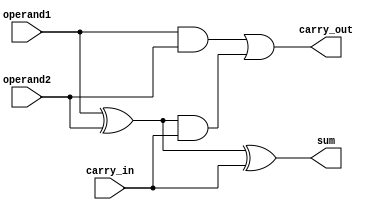
`timescale 1ns / 1ps

module full_adder_1bit(
    operand1,
    operand2,
    carry_in,
    sum,
    carry_out
    );
    
input operand1;
input operand2;
input carry_in;
output sum;
output carry_out;

assign sum = (operand1 ^ operand2) ^ carry_in;
assign carry_out = (operand1 & operand2) | ((operand1 ^ operand2) & carry_in);
    
endmodule